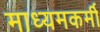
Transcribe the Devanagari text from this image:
माध्यमकर्मी